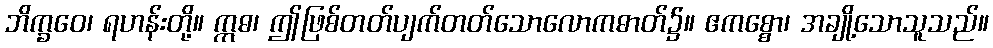
ဘိက္ခဝေ၊ ရဟန်းတို့။ ဣဓ၊ ဤဖြစ်တတ်ပျက်တတ်သောလောကဓာတ်၌။ ဧကစ္စော၊ အချို့သောသူသည်။